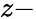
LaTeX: z-